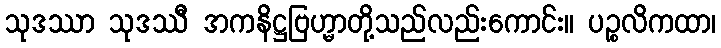
သုဒဿာ သုဒဿီ အကနိဋ္ဌဗြဟ္မာတို့သည်လည်းကောင်း။ ပဉ္စလိကထာ၊